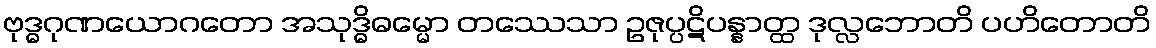
ဗုဒ္ဓဂုဏယောဂတော အသုဒ္ဓိဓမ္မော တဿေသာ ဥဇုပ္ပဋိပန္နာတ္ထ ဒုလ္လဘောတိ ပဟိတောတိ